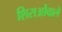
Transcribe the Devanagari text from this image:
शिराओंवाले